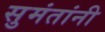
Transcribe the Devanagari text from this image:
सुमंतांनी